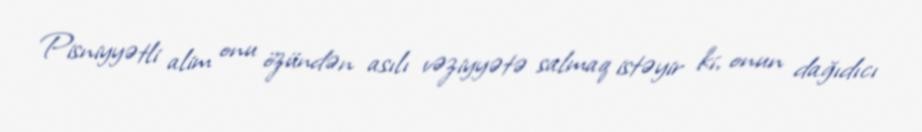
Pisniyyətli alim onu özündən asılı vəziyyətə salmaq istəyir ki, onun dağıdıcı